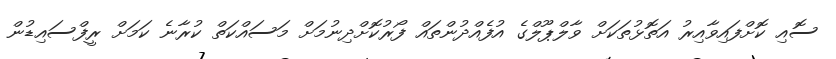
ސޮއި ކޮށްފައިވާއިރު އަތޮޅުތަކަށް ވާލްޕޫލްގެ އުފެއްދުންތައް ފޯރުކޮށްދިނުމަށް މަސައްކަތް ކުރާނެ ކަމަށް ރީފްސައިޑުން